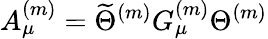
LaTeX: A_{\mu}^{(m)}=\widetilde{\Theta}^{(m)}G_{\mu}^{(m)}\Theta^{(m)}